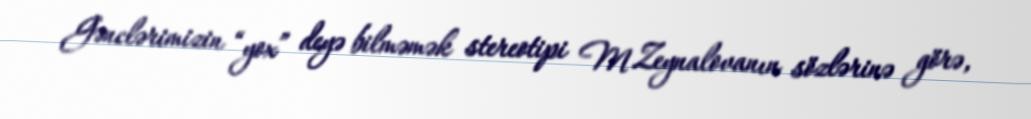
Gənclərimizin “yox” deyə bilməmək stereotipi M.Zeynalovanın sözlərinə görə,